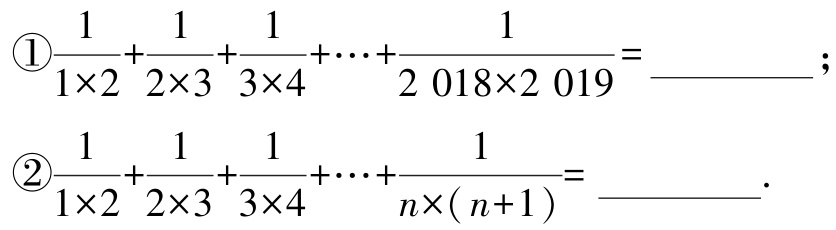
\textcircled{1}$\frac{1}{1\times2}+\frac{1}{2\times3}+\frac{1}{3\times4}+\cdots+\frac{1}{2\ 018\times2\ 019}=\underline{\quad\quad}$;

\textcircled{2}$\frac{1}{1\times2}+\frac{1}{2\times3}+\frac{1}{3\times4}+\cdots+\frac{1}{n\times(n + 1)}=\underline{\quad\quad}$.